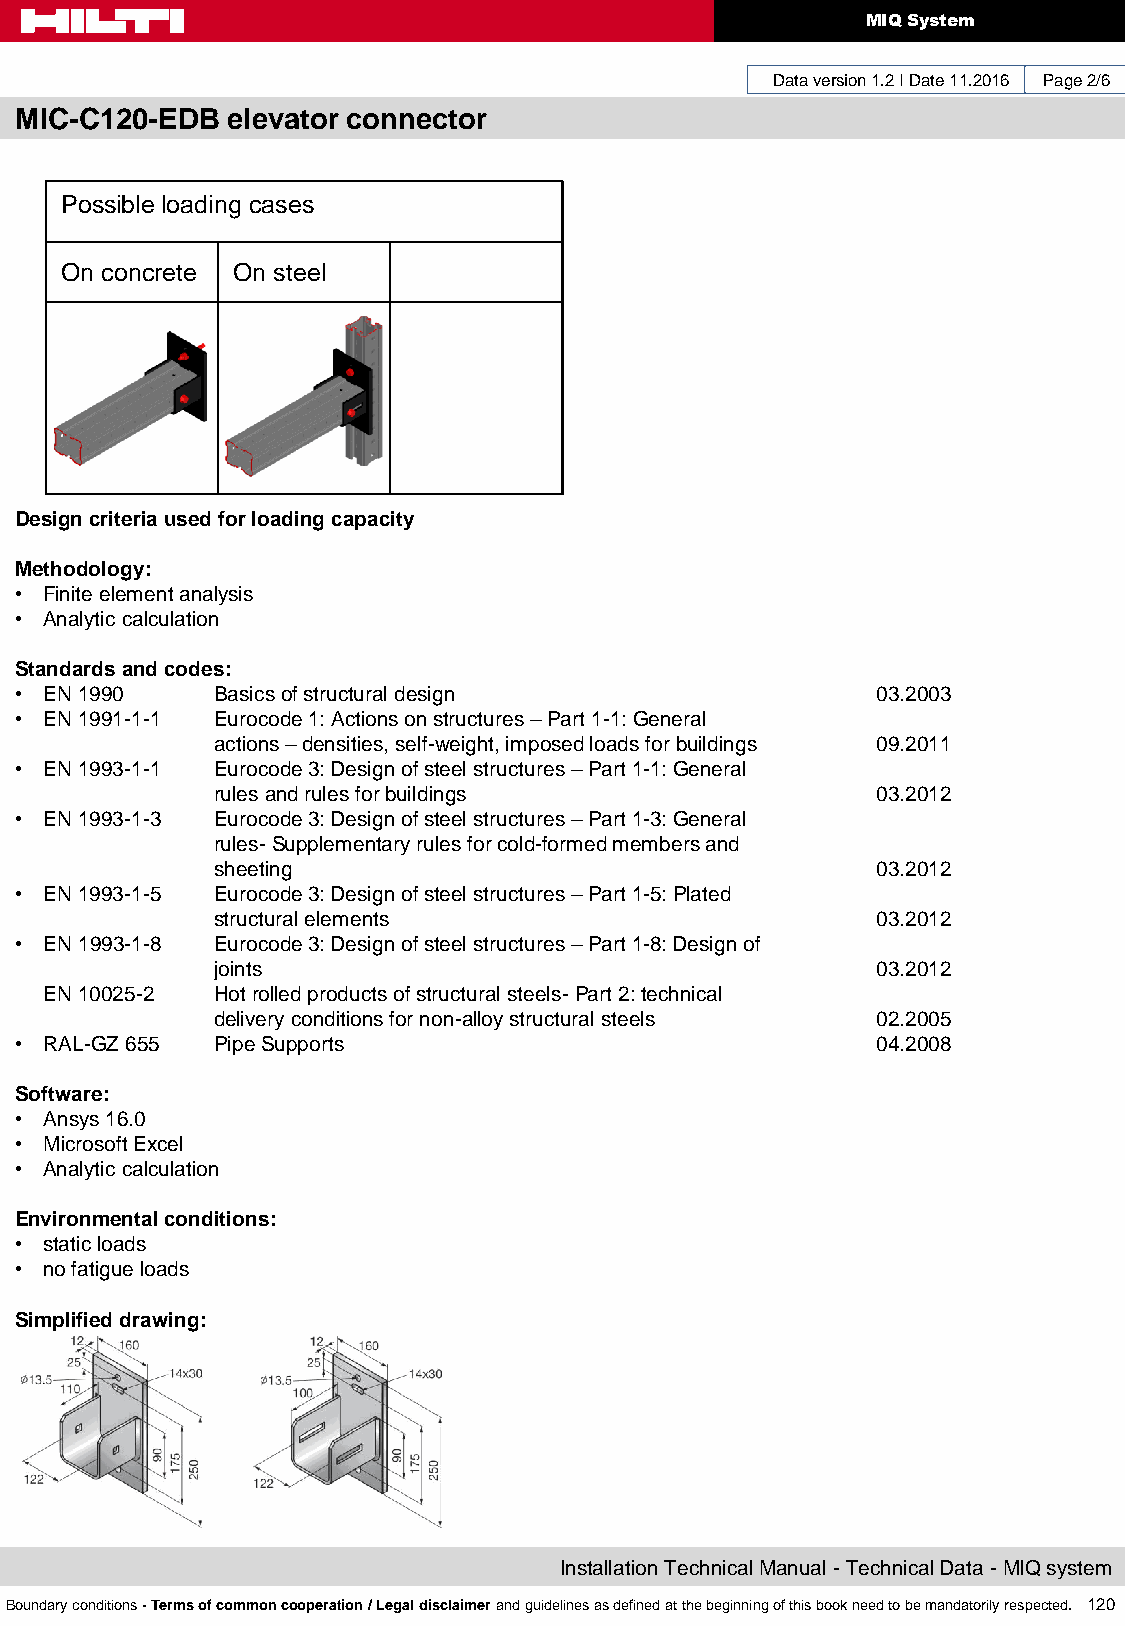
MIQ System
 Data version 1.2 I Date 11.2016 Page 2/6
 MIC-C120-EDB  elevator connector
 Possible loading cases
 On concrete On steel
 Design criteria used for loading capacity
 Methodology:
 • Finite element analysis
 • Analytic calculation
 Standards and codes:
 • EN 1990    Basics of structural design                 03.2003
 • EN 1991-1-1 Eurocode 1: Actions on structures – Part 1-1: General
 actions – densities, self-weight, imposed loads for buildings 09.2011
 • EN 1993-1-1 Eurocode 3: Design of steel structures – Part 1-1: General
 rules and rules for buildings               03.2012
 • EN 1993-1-3 Eurocode 3: Design of steel structures – Part 1-3: General
 rules- Supplementary rules for cold-formed members and
 sheeting                                    03.2012
 • EN 1993-1-5 Eurocode 3: Design of steel structures – Part 1-5: Plated
 structural elements                         03.2012
 • EN 1993-1-8 Eurocode 3: Design of steel structures – Part 1-8: Design of
 joints                                      03.2012
 EN 10025-2 Hot rolled products of structural steels- Part 2: technical
 delivery conditions for non-alloy structural steels 02.2005
 • RAL-GZ 655 Pipe Supports                               04.2008
 Software:
 • Ansys 16.0
 • Microsoft Excel
 • Analytic calculation
 Environmental conditions:
 • static loads
 • no fatigue loads
 Simplified drawing:
 Installation Technical Manual - Technical Data - MIQ system
 Boundary conditions - Terms of common cooperation / Legal disclaimer and guidelines as defined at the beginning of this book need to be mandatorily respected. 120